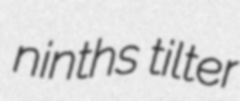
ninths tilter